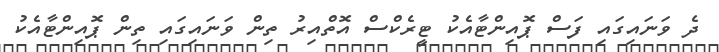
ދެ ވަނައިގައި ފަސް ޕޮއިންޓާއެކު ޓީރެކްސް އޮތްއިރު ތިން ވަނައިގައި ތިން ޕޮއިންޓާއެކު